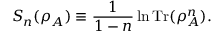
S _ { n } ( \rho _ { A } ) \equiv \frac { 1 } { 1 - n } \ln { \operatorname { T r } ( \rho _ { A } ^ { n } ) } .